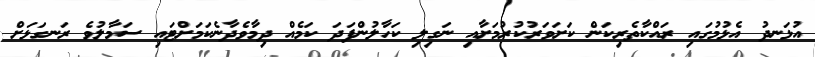
އުޅަނދު އެޅުމުގައި ރައްކާތެރިކަން ކަށަވަރުކުރުމަށާއި ނަގިލި ކަހާލުންފަދަ ކަމެއް ދިމާވެދާނެކަމަށްޓައި ސަމާލުވެ ރަނގަޅަށް